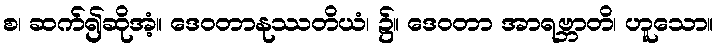
စ၊ ဆက်၍ဆိုအံ့။ ဒေဝတာနုဿတိယံ၊ ၌။ ဒေဝတာ အာရဗ္ဘာတိ၊ ဟူသော။